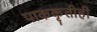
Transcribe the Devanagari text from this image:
पाककृतीही